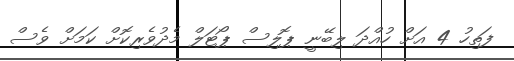
ފަތިހު 4 އަށް ހުއްދަ ލިބޭނީ ޕޮލިސް ޕޯޓަލް މެދުވެރިކޮށް ކަމަށް ވެސް